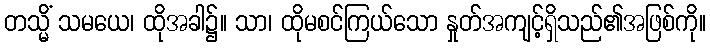
တသ္မိံ သမယေ၊ ထိုအခါ၌။ သာ၊ ထိုမစင်ကြယ်သော နှုတ်အကျင့်ရှိသည်၏အဖြစ်ကို။